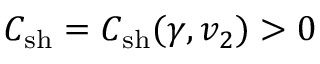
C _ { \mathrm { s h } } = C _ { \mathrm { s h } } ( \gamma , v _ { 2 } ) > 0